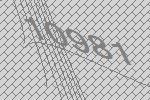
10981